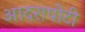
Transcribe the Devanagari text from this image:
आदरापोटी